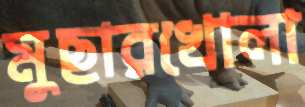
মুছারখোলা